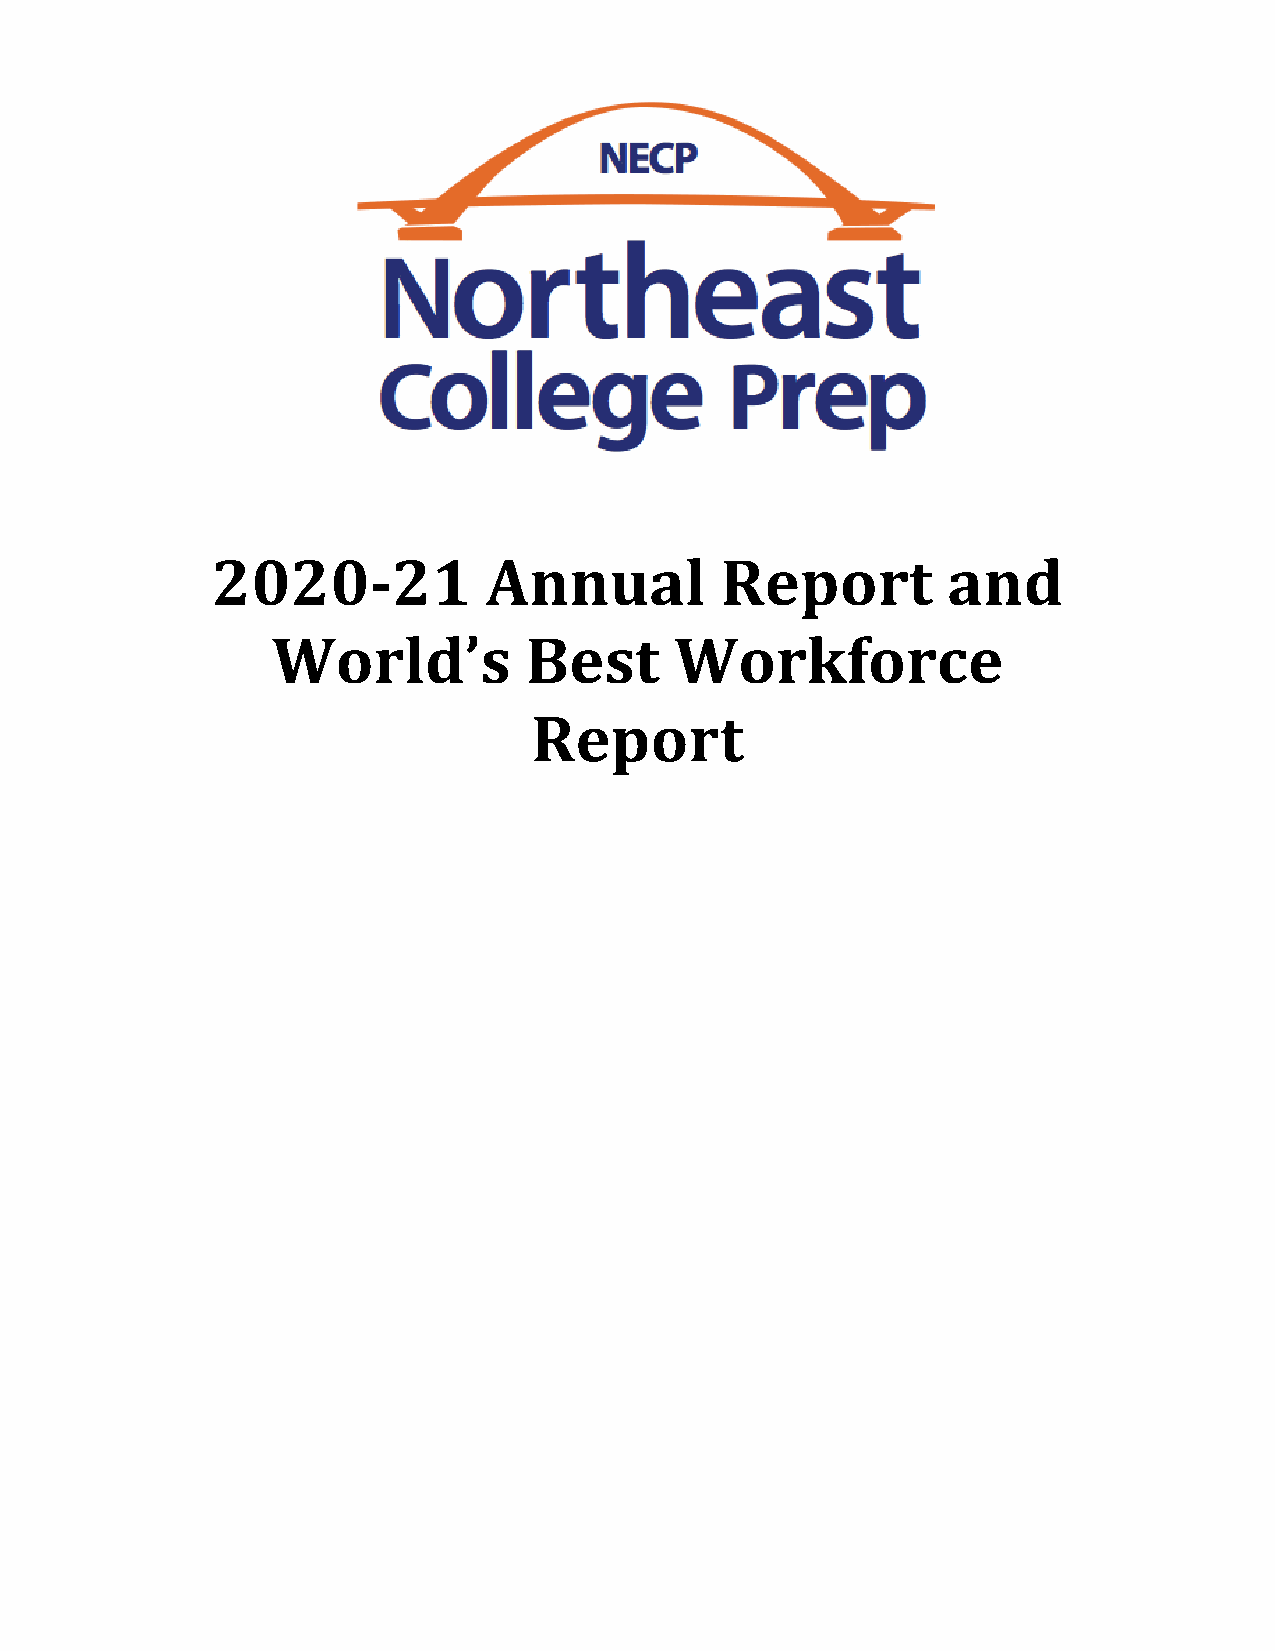
2020-21           Annual          Report         and
 World’s          Best      Workforce
 Report